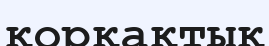
қорқақтық